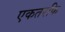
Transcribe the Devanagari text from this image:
एकतरफि